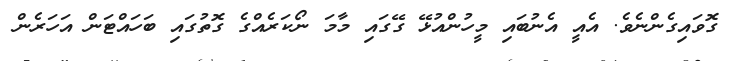
ގޮވައިގެންނެވެ. އެއީ އެނުބައި މީހުންއުޅޭ ގޭގައި މާމަ ނޯކަރެއްގެ ގޮތުގައި ބަހައްޓަން އަހަރެން